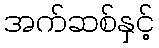
အက်ဆစ်နှင့်